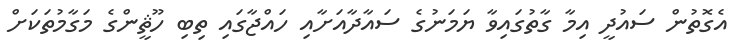
އެގޮތުން ސައުދީ އިމާ ގާތުގައިވާ ޔަމަނުގެ ސައާދާއަށާއި ހައްޖާގައި ތިބި ހޫޘީންގެ މަގާމުތަކަށް